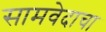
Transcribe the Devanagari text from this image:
सामवेदाचा